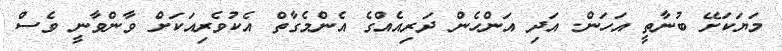
މަޔަކަށޭ ބުނާތީ އަހަން. އަދި އަންހެން ދަރިއެއްގެ އެންމެގާތް އެކުވެރިއަކަށް ވާންވާނީ ވެސް